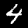
Digit: 4